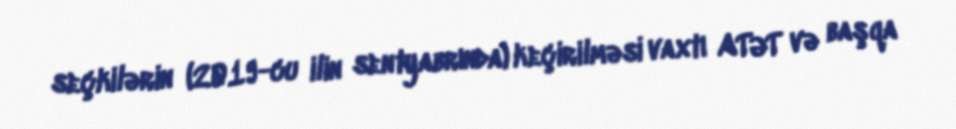
seçkilərin (2019-cu ilin sentyabrında) keçirilməsi vaxtı ATƏT və başqa